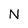
Character: N